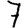
Digit: 7